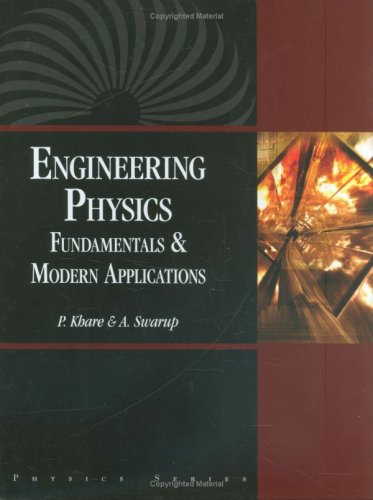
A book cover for Engineering Physics: Fundamentals  &  Modern Applications; P. Khare; Science & Math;